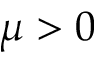
\mu > 0